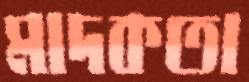
মাদকতা